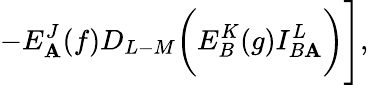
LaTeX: -E_{\mathbf{A}}^{J}(f)D_{L-M}\biggl(E_{B}^{K}(g)I_{B\mathbf{A}}^{L}\biggr)\Biggr],